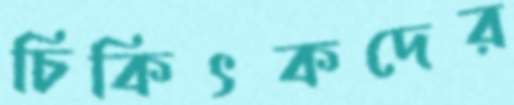
চিকিৎকদের